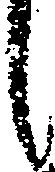
し